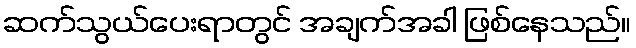
ဆက်သွယ်ပေးရာတွင် အချက်အခါ ဖြစ်နေသည်။